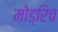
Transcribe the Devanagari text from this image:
मोड्रिच